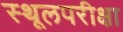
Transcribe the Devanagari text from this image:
स्थूलपरीक्षा